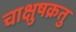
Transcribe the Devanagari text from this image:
चाक्षुषक्रतु